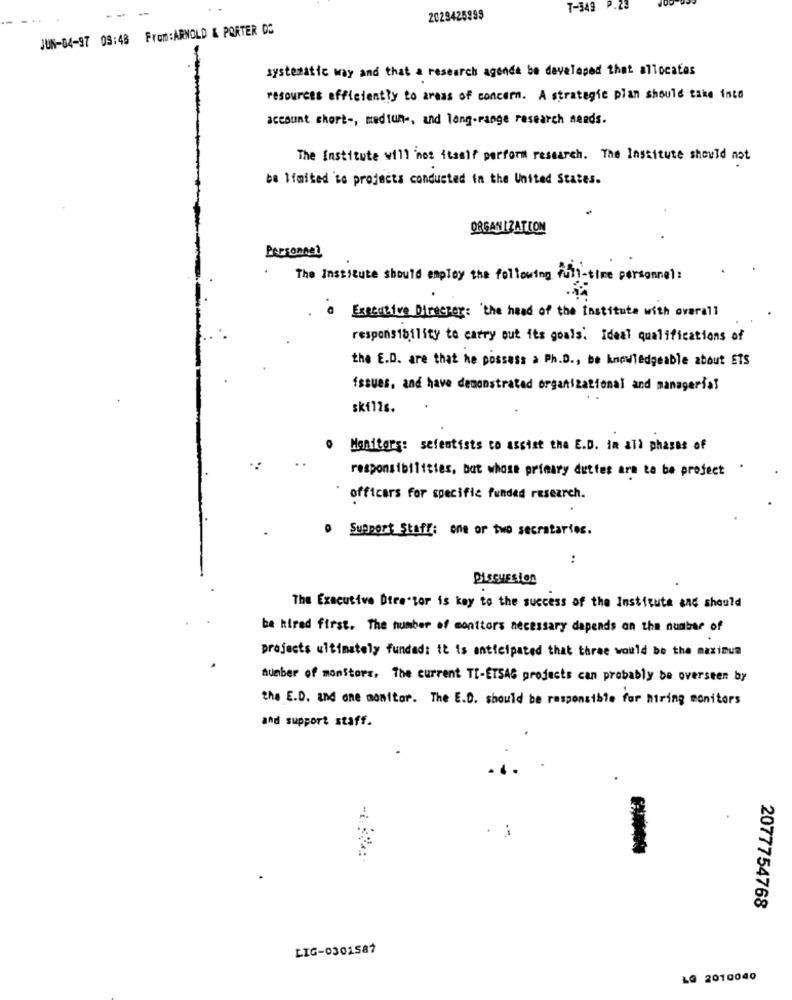
--
T-349 P.25
2029425999
JUN-04-97 08:48 From:ARNOLD & PORTER DC
systematic way and that a research agence be developed that allocates
resources efficiently to areas of concern. A strategic plan should take into
account chort -, medtun -, and long-range research needs.
The Institute will not itself perform research. The Institute should not
be limited to projects conducted in the United States.
ORGANIZATION
Personnel
The Institute should employ the following full-time personnel:
@ Executive Director: 'the head of the Institute with overall
responsibility to carry out its goals. Ideal qualifications of
the E.D. are that he possess a Ph.D ., be knowledgeable about ETS
issues, and have demonstrated organizational and managerial
skills.
Monitors: sefentists to assist the E.D. in all phases of
responsibilities, but whose primary duttes are to be project .
officers for specific funded research.
Support Staff: one or two secratarios.
:
DiSCHESLen
The Executive Director is key to the success of the Institute and should
be hired first. The number of monitors necessary dapends on the number of
projects ultimately funded: it is anticipated that three would be the maximum
humber of monsters, The current TI-ETSAG projects can probably be overseen by
the E.D. and one monitor. The E.D. should be responsible for hiring monitors
and support staff.
2077754768
LIG-0301587
L@ 2010040